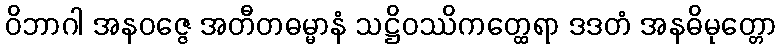
ဝိဘာဂါ အနဝဇ္ဇေ အတီတဓမ္မာနံ သဋ္ဌိဝဿိကတ္ထေရာ ဒဒတံ အနဓိမုတ္တော